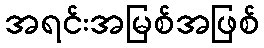
အရင်းအမြစ်အဖြစ်